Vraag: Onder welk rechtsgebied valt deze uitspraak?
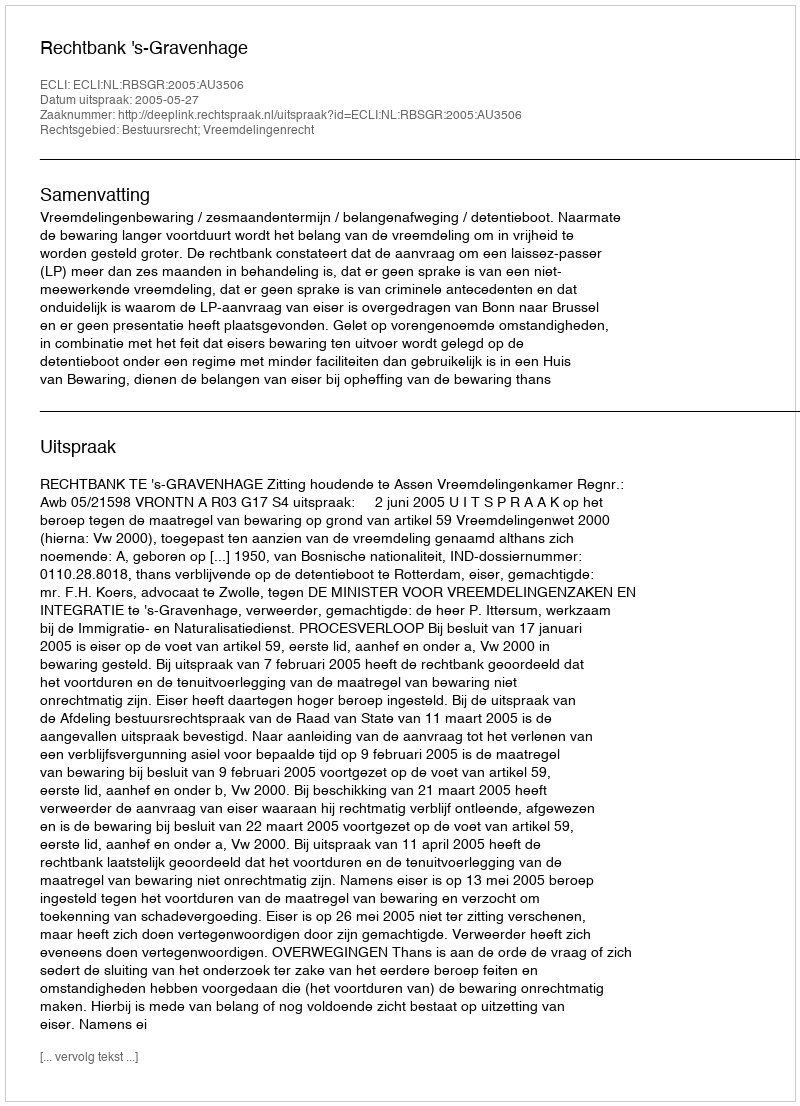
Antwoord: Bestuursrecht; Vreemdelingenrecht